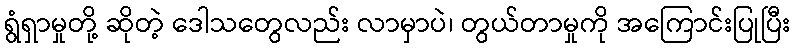
ရွံရှာမှုတို့ ဆိုတဲ့ ဒေါသတွေလည်း လာမှာပဲ၊ တွယ်တာမှုကို အကြောင်းပြုပြီး